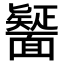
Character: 𮧒